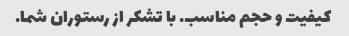
کیفیت و حجم مناسب. با تشکر از رستوران شما.